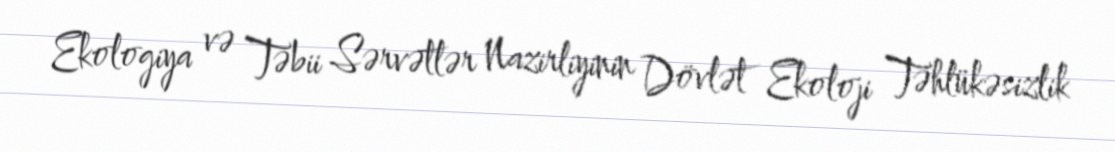
Ekologiya və Təbii Sərvətlər Nazirliyinin Dövlət Ekoloji Təhlükəsizlik